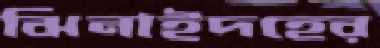
ঝিনাইদহের